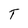
Character: T